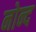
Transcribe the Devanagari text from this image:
नोन्द